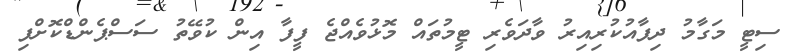
ސިޓީ މަގާމު ދިފާއުކުރިއިރު ވާދަވެރި ޓީމުތައް މޮޅުވެއްޖެ ފީފާ އިން ކުވޭތު ސަސްޕެންޑްކޮށްފި